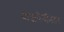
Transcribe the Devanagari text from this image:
वाजपेयींनंतर